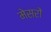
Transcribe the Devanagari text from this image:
मेसरों